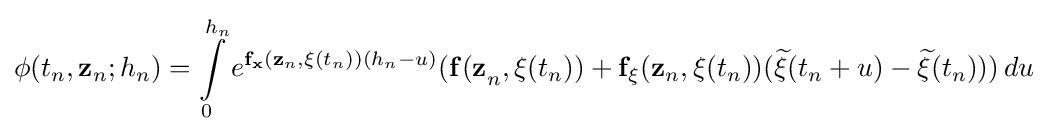
\mathbf {\phi } (t_{n},\mathbf {z} _{n};h_{n})=\int \limits _{0}^{h_{n}}e^{\mathbf {f} _{\mathbf {x} }(\mathbf {z} _{n},\mathbf {\xi } (t_{n}))(h_{n}-u)}(\mathbf {f(z} _{n},\mathbf {\xi } (t_{n}))+\mathbf {f} _{\mathbf {\xi } }(\mathbf {z} _{n},\mathbf {\xi } (t_{n}))({\widetilde {\mathbf {\xi } }}(t_{n}+u)-{\widetilde {\mathbf {\xi } }}(t_{n})))\,du